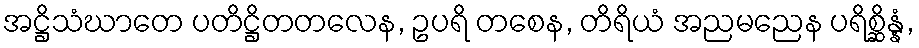
အဋ္ဌိသံဃာတေ ပတိဋ္ဌိတတလေန, ဥပရိ တစေန, တိရိယံ အညမညေန ပရိစ္ဆိန္နံ,